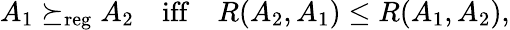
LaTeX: \begin{array}{r}{A_{1}\succeq_{\mathrm{reg}}A_{2}\quad\mathrm{iff}\quad R(A_{2},A_{1})\leq R(A_{1},A_{2}),}\end{array}